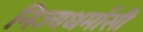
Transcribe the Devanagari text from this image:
निज्यधर्मासी